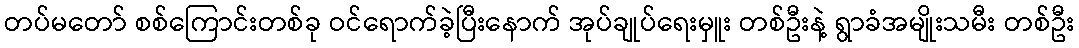
တပ်မတော် စစ်ကြောင်းတစ်ခု ဝင်ရောက်ခဲ့ပြီးနောက် အုပ်ချုပ်ရေးမှူး တစ်ဦးနဲ့ ရွာခံအမျိုးသမီး တစ်ဦး